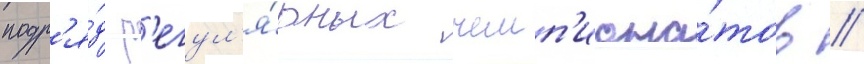
подр'я́д р'егул'я́рных чемп'иона́тов /